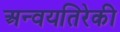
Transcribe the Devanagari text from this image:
अन्वयतिरेकी